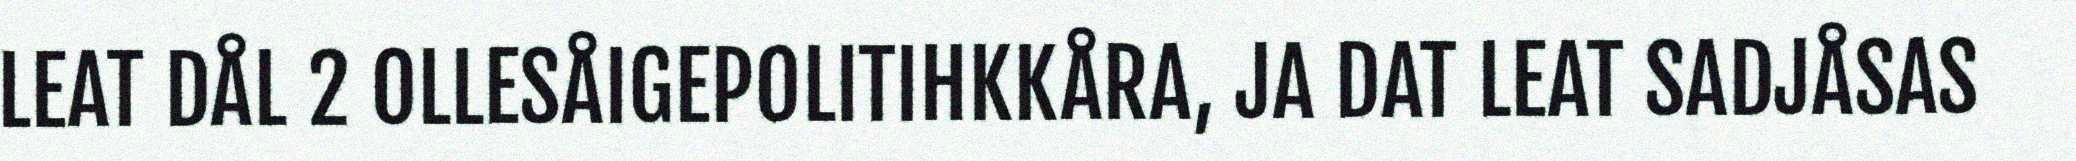
LEAT DÅL 2 OLLESÅIGEPOLITIHKKÅRA, JA DAT LEAT SADJÅSAS